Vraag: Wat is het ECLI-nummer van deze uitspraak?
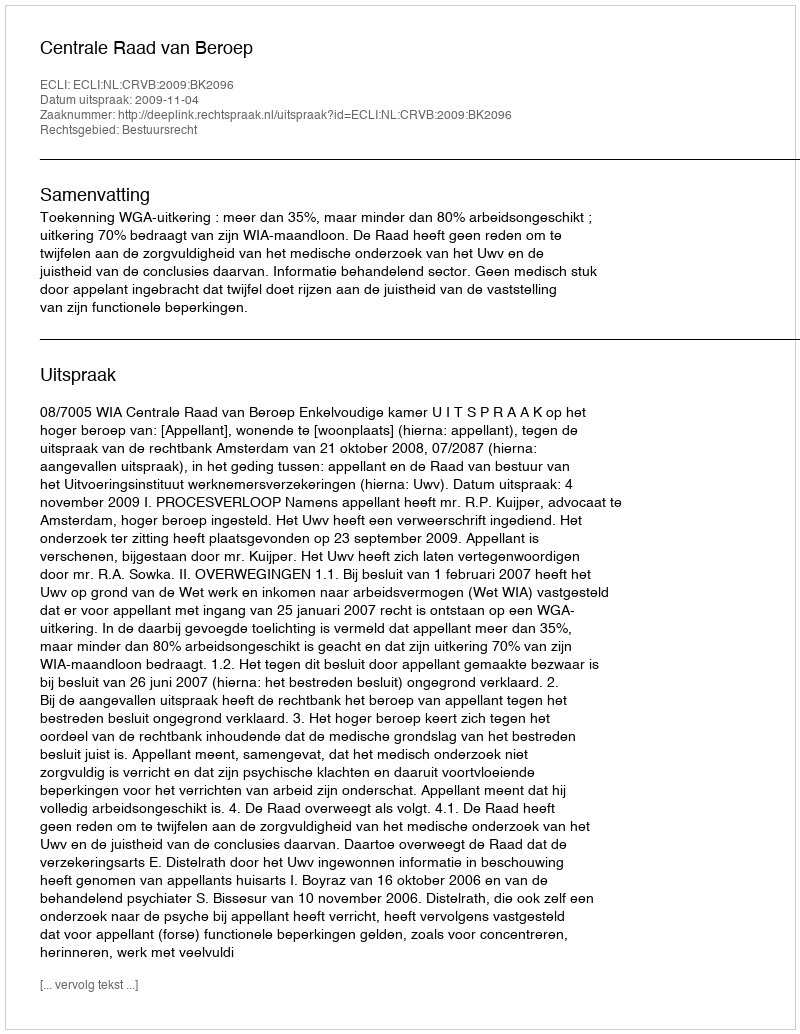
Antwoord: ECLI:NL:CRVB:2009:BK2096